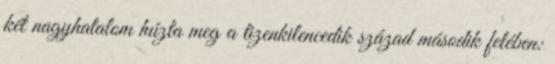
két nagyhatalom húzta meg a tizenkilencedik század második felében: